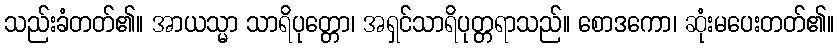
သည်းခံတတ်၏။ အာယသ္မာ သာရိပုတ္တော၊ အရှင်သာရိပုတ္တရာသည်။ စောဒကော၊ ဆုံးမပေးတတ်၏။